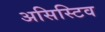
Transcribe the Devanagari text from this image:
असिस्टिव